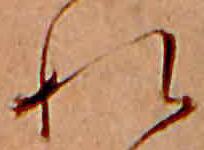
れ